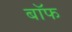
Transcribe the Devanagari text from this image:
बाॅफ